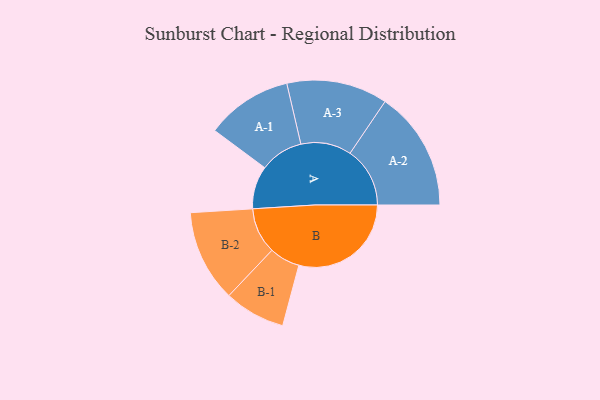
{"axis": {"x": "Segment", "y": "Value"}, "legend": ["", "A", "B"], "data": [{"x": "A", "y": 170, "type": ""}, {"x": "B", "y": 445, "type": ""}, {"x": "A-1", "y": 171, "type": "A"}, {"x": "A-2", "y": 237, "type": "A"}, {"x": "A-3", "y": 200, "type": "A"}, {"x": "B-1", "y": 121, "type": "B"}, {"x": "B-2", "y": 182, "type": "B"}]}